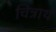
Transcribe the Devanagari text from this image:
चित्रार्थ